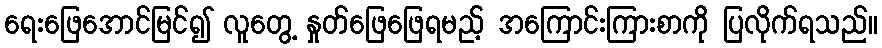
ရေးဖြေအောင်မြင်၍ လူတွေ့ နှုတ်ဖြေဖြေရမည့် အကြောင်းကြားစာကို ပြလိုက်ရသည်။